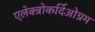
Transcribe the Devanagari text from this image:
एलेक्त्रोकर्दिओग्रम